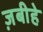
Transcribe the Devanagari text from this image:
ज़बीहे